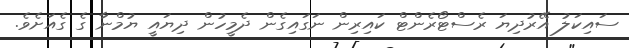
ސައިކަލު އޭރުދިޔަ ރެސްޓޯރެންޓް ކައިރިން ނަގައިގެން ދެމީހުން ދިޔައީ ޔުމްނާ ގެ ގެއަށެވެ.